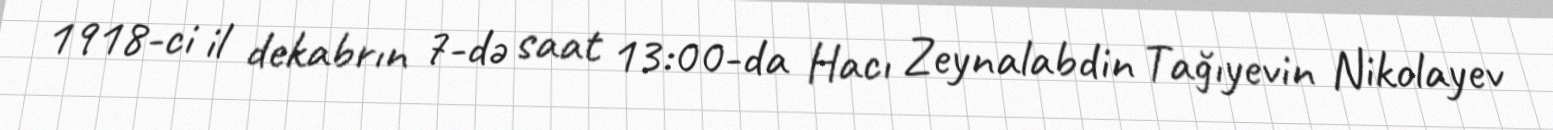
1918-ci il dekabrın 7-də saat 13:00-da Hacı Zeynalabdin Tağıyevin Nikolayev